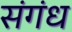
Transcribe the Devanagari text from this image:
संगंध